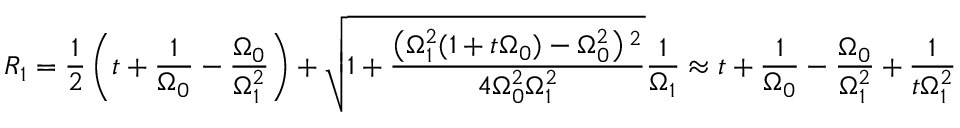
R _ { 1 } = \frac { 1 } { 2 } \left( t + \frac { 1 } { \Omega _ { 0 } } - \frac { \Omega _ { 0 } } { \Omega _ { 1 } ^ { 2 } } \right) + \sqrt { 1 + \frac { \left( \Omega _ { 1 } ^ { 2 } ( 1 + t \Omega _ { 0 } ) - \Omega _ { 0 } ^ { 2 } \right) { } ^ { 2 } } { 4 \Omega _ { 0 } ^ { 2 } \Omega _ { 1 } ^ { 2 } } } \frac { 1 } { \Omega _ { 1 } } \approx t + \frac { 1 } { \Omega _ { 0 } } - \frac { \Omega _ { 0 } } { \Omega _ { 1 } ^ { 2 } } + \frac { 1 } { t \Omega _ { 1 } ^ { 2 } }